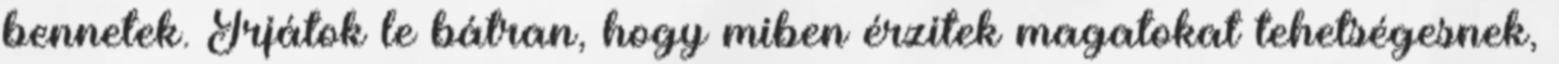
bennetek. Írjátok le bátran, hogy miben érzitek magatokat tehetségesnek,